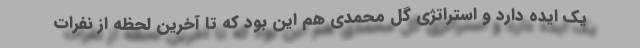
یک ایده دارد و استراتژی گل محمدی هم این بود که تا آخرین لحظه از نفرات